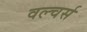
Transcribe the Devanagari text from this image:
वल्चर्स